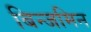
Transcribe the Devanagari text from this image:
बिन्जमिन